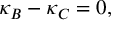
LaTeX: \kappa _ { B } - \kappa _ { C } = 0 ,